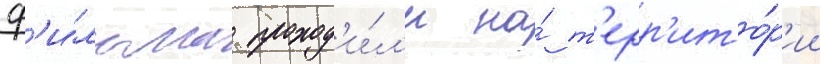
ф'и́льма проход'и́л'и на́ т'ерр'ито́р'ии